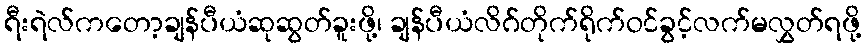
ရီးရဲလ်ကတော့ချန်ပီယံဆုဆွတ်ခူးဖို့၊ ချန်ပီယံလိဂ်တိုက်ရိုက်ဝင်ခွင့်လက်မလွှတ်ရဖို့